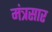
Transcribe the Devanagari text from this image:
मंत्रसार